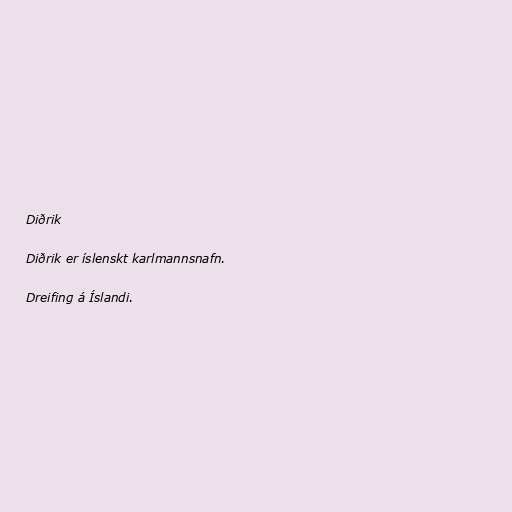
Diðrik

Diðrik er íslenskt karlmannsnafn.

Dreifing á Íslandi.